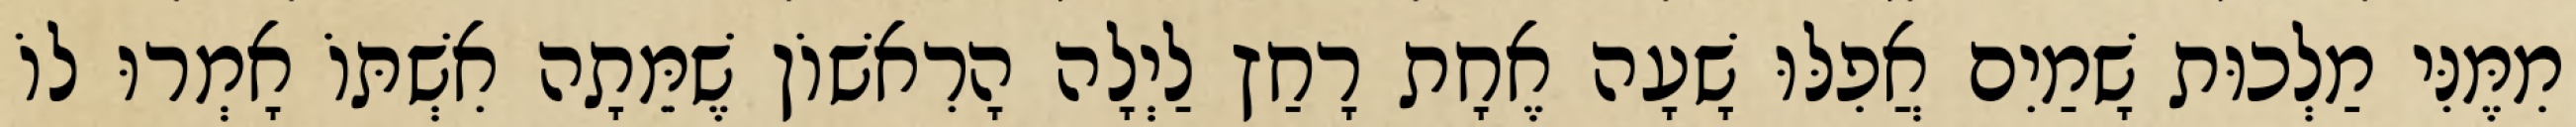
מִמֶּנִּי מַלְכוּת שָׁמַיִם אֲפִלּוּ שָׁעָה אֶחָת רָחַץ לַיְלָה הָרִאשׁוֹן שֶׁמֵּתָה אִשְׁתּוֹ אָמְרוּ לוֹ